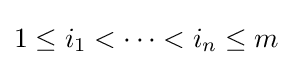
1\leq i_{1}<\cdots <i_{n}\leq m